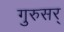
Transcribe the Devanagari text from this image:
गुरुसर्